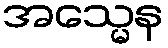
အသ္မေန